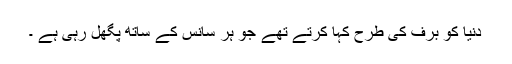
دنیا کو برف کی طرح کہا کرتے تھے جو ہر سانس کے ساتھ پگھل رہی ہے ۔